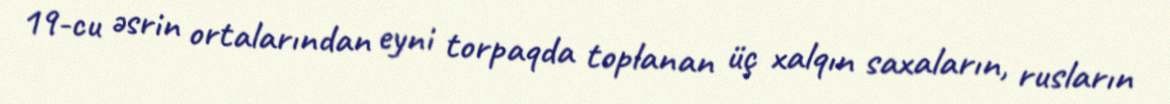
19-cu əsrin ortalarından eyni torpaqda toplanan üç xalqın saxaların, rusların